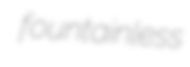
fountainless